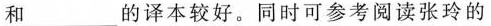
和____的译本较好。同时可参考阅读张玲的